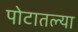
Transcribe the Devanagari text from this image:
पोटातल्या